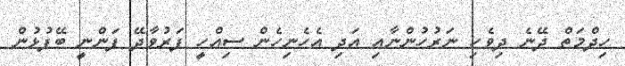
ހިދްމަތް ދޭނެ ދިވެހި ނަރުހުންނާއި އަދި އެހެނިހެން ސިއްހީ ފަރުވާދޭ ފަންނީ ބޭފުޅުން